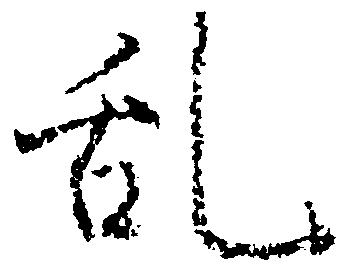
乱